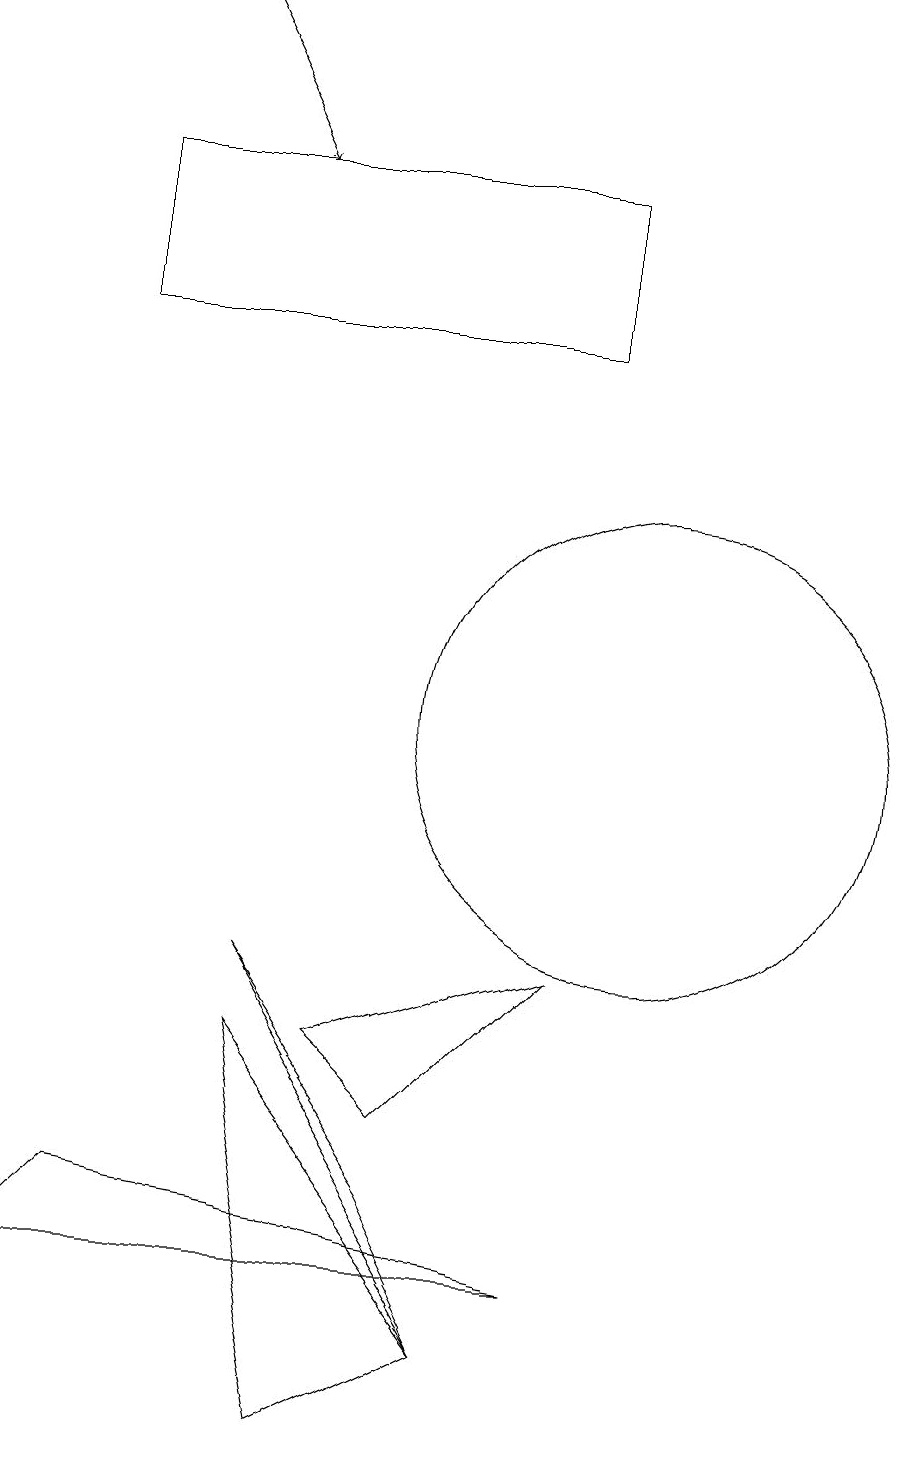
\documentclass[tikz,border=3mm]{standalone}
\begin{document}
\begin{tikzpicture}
\draw[->] (4,19) -- (5,17);
\draw (9,3) -- (2,3) -- (3,4) -- cycle;
\draw (6,6) -- (9,7) -- (7,5) -- cycle;
\draw (9,15) rectangle (3,17);
\draw (10,10) circle (3);
\draw (8,2) -- (5,6) -- (6,1) -- cycle;
\draw (7,4) -- (8,2) -- (5,7) -- cycle;
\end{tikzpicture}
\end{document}